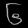
Digit: ၆